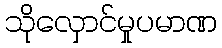
သိုလှောင်မှုပမာဏ